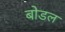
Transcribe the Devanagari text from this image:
बोडल